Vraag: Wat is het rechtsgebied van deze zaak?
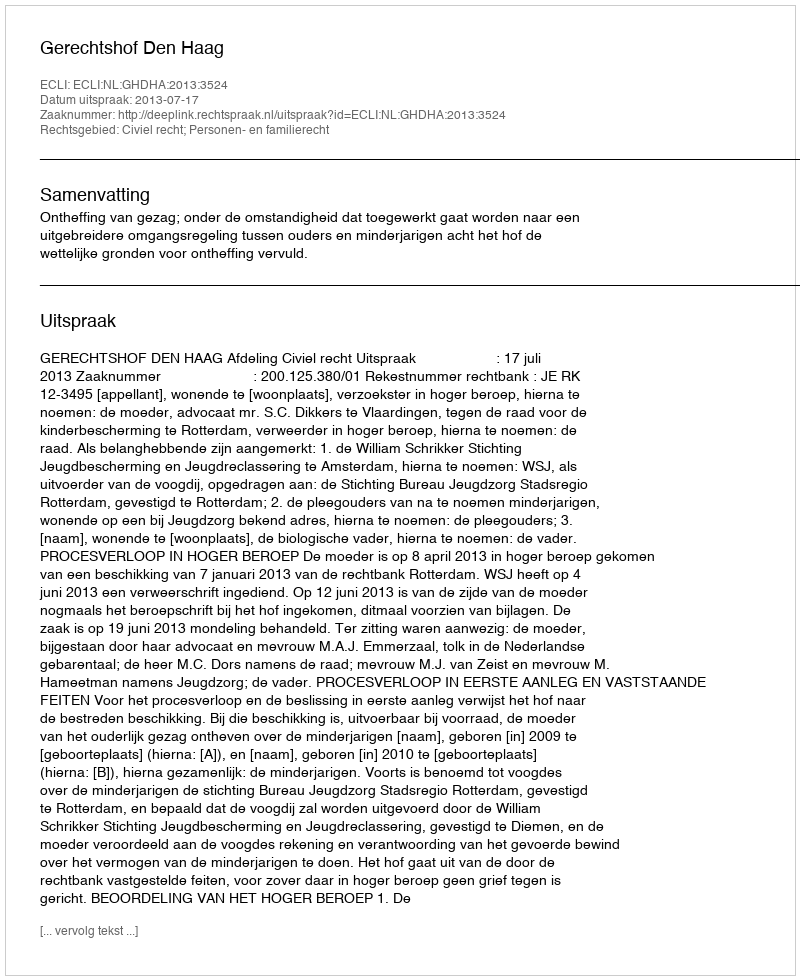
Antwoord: Civiel recht; Personen- en familierecht